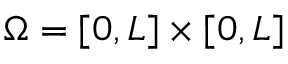
\Omega = [ 0 , L ] \times [ 0 , L ]